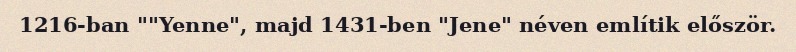
1216-ban ""Yenne", majd 1431-ben "Jene" néven említik először.